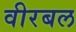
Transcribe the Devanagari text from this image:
वीरबल